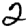
Digit: 2